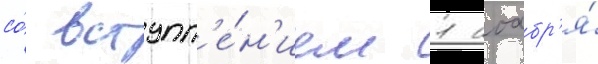
со́ вступл'е́н'ием 1 ноабр'я́